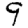
Digit: 9